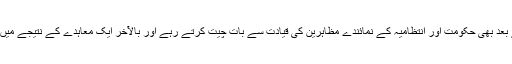
تاہم یہ وقت گزرنے کے بعد بھی حکومت اور انتظامیہ کے نمائندے مظاہرین کی قیادت سے بات چیت کرتے رہے اور بالآخر ایک معاہدے کے نتیجے میں یہ دھرنا ختم کر دیا گیا۔